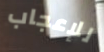
للإعجاب